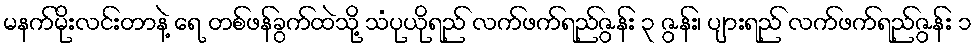
မနက်မိုးလင်းတာနဲ့ ရေ တစ်ဖန်ခွက်ထဲသို့ သံပုယိုရည် လက်ဖက်ရည်ဇွန်း ၃ ဇွန်း၊ ပျားရည် လက်ဖက်ရည်ဇွန်း ၁